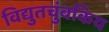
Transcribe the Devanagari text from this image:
विद्युतचुंबकिय